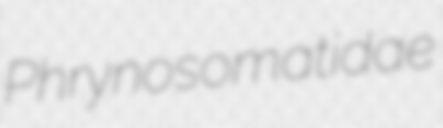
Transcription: Phrynosomatidae